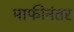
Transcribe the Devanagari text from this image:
माफीनंतर